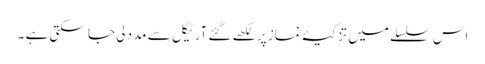
اس سلسلے میں تزکیۂ نماز پر لکھے گئے آرٹیکل سے مدد لی جا سکتی ہے ۔